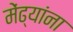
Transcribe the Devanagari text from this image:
मेंढ्यांना